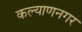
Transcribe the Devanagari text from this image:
कल्याणनगर